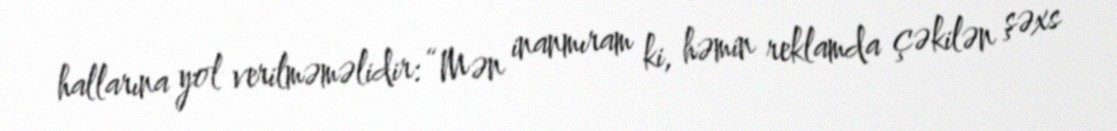
hallarına yol verilməməlidir: “Mən inanmıram ki, həmin reklamda çəkilən şəxs